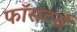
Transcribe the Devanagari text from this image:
फॉसटर्स